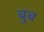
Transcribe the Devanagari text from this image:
बुब